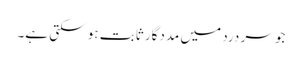
جو سر درد میں مددگار ثابت ہو سکتی ہے۔